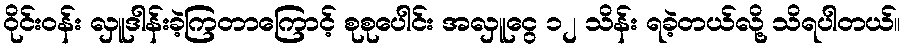
ဝိုင်းဝန်း လှူဒါန်းခဲ့ကြတာကြောင့် စုစုပေါင်း အလှူငွေ ၁၂ သိန်း ရခဲ့တယ်လို့ သိရပါတယ်။